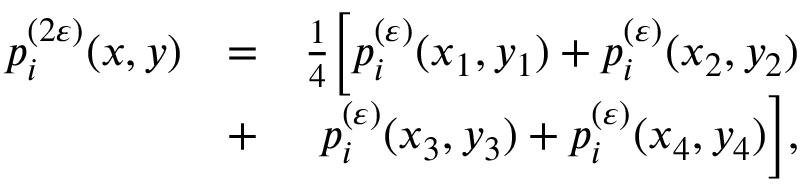
\begin{array} { r l r } { p _ { i } ^ { ( 2 \varepsilon ) } ( x , y ) } & { = } & { \frac { 1 } { 4 } \Bigl [ p _ { i } ^ { ( \varepsilon ) } ( x _ { 1 } , y _ { 1 } ) + p _ { i } ^ { ( \varepsilon ) } ( x _ { 2 } , y _ { 2 } ) } \\ & { + } & { p _ { i } ^ { ( \varepsilon ) } ( x _ { 3 } , y _ { 3 } ) + p _ { i } ^ { ( \varepsilon ) } ( x _ { 4 } , y _ { 4 } ) \Bigr ] , } \end{array}